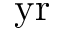
\mathrm { y r }